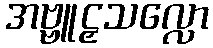
အဗ္ဗူဠှသလ္လော